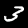
Digit: 3